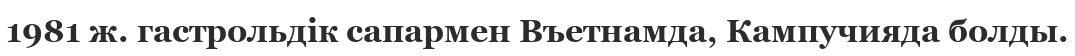
1981 ж. гастрольдік сапармен Въетнамда, Кампучияда болды.